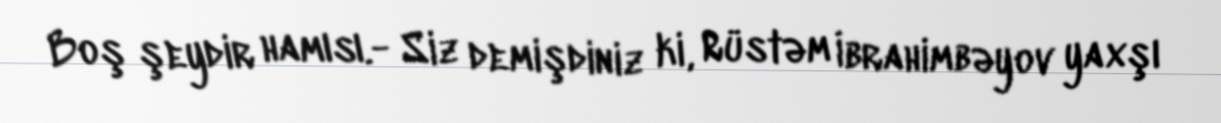
Boş şeydir hamısı.- Siz demişdiniz ki, Rüstəm İbrahimbəyov yaxşı